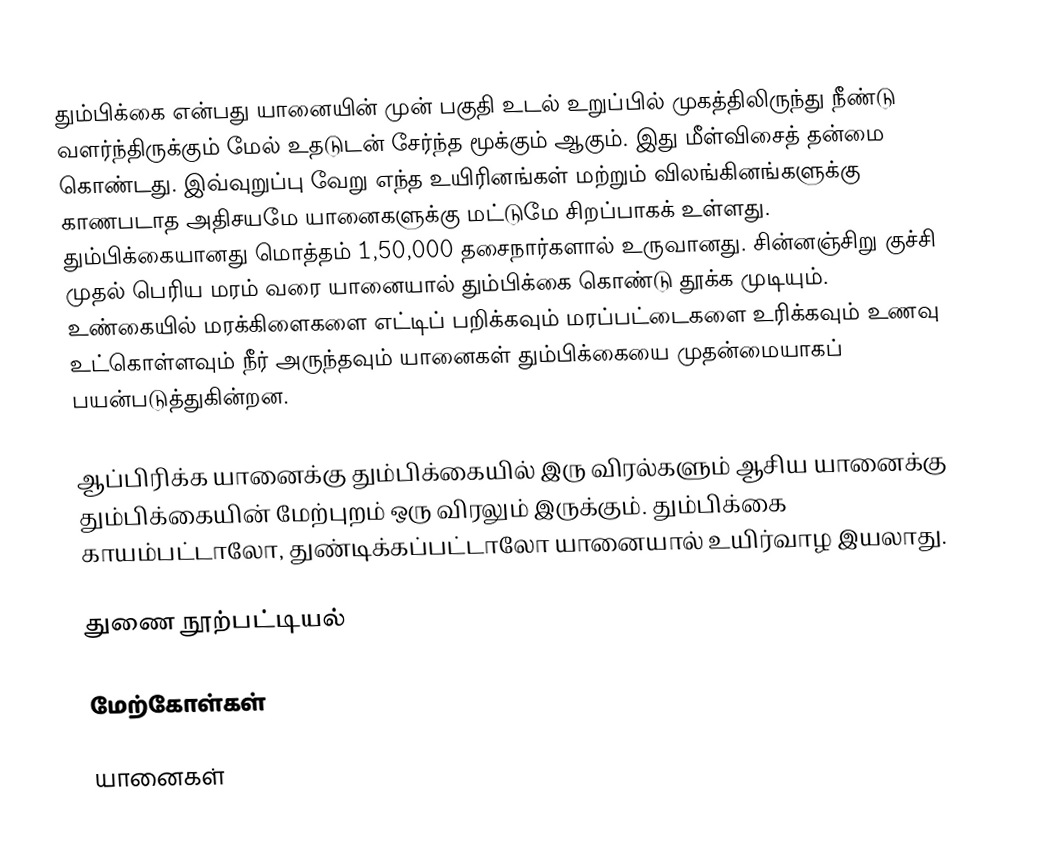
தும்பிக்கை என்பது யானையின் முன் பகுதி உடல் உறுப்பில் முகத்திலிருந்து நீண்டு வளர்ந்திருக்கும் மேல் உதடுடன் சேர்ந்த மூக்கும் ஆகும். இது மீள்விசைத் தன்மை கொண்டது. இவ்வுறுப்பு வேறு எந்த உயிரினங்கள் மற்றும் விலங்கினங்களுக்கு காணபடாத அதிசயமே யானைகளுக்கு மட்டுமே சிறப்பாகக் உள்ளது. தும்பிக்கையானது மொத்தம் 1,50,000 தசைநார்களால் உருவானது. சின்னஞ்சிறு குச்சி முதல் பெரிய மரம் வரை யானையால் தும்பிக்கை கொண்டு தூக்க முடியும். உண்கையில் மரக்கிளைகளை எட்டிப் பறிக்கவும் மரப்பட்டைகளை உரிக்கவும் உணவு உட்கொள்ளவும் நீர் அருந்தவும் யானைகள் தும்பிக்கையை முதன்மையாகப் பயன்படுத்துகின்றன.

ஆப்பிரிக்க யானைக்கு தும்பிக்கையில் இரு விரல்களும் ஆசிய யானைக்கு தும்பிக்கையின் மேற்புறம் ஒரு விரலும் இருக்கும். தும்பிக்கை காயம்பட்டாலோ, துண்டிக்கப்பட்டாலோ யானையால் உயிர்வாழ இயலாது.

துணை நூற்பட்டியல்

மேற்கோள்கள்

யானைகள்